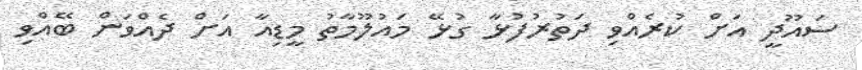
ސައޫދީ އަށް ކުރެއްވި ދަތުރުފުޅާ ގުޅޭ މައުލޫމާތު މީޑިއާ އަށް ދެއްވަން ބޭއްވި